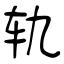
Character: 轨